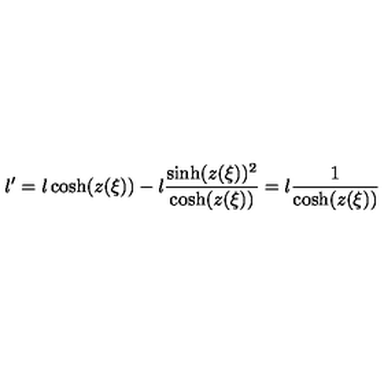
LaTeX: l ^ { \prime } = l \cosh ( z ( \xi ) ) - l \frac { \sinh ( z ( \xi ) ) ^ { 2 } } { \cosh ( z ( \xi ) ) } = l \frac { 1 } { \cosh ( z ( \xi ) ) }